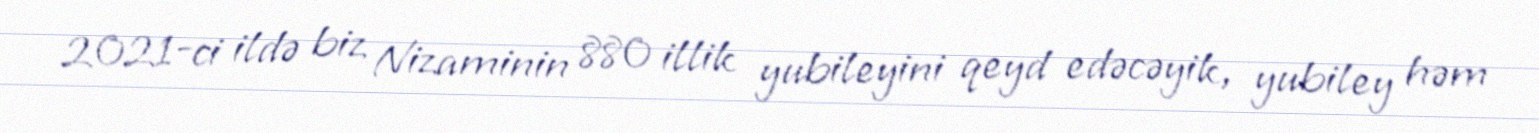
2021-ci ildə biz Nizaminin 880 illik yubileyini qeyd edəcəyik, yubiley həm